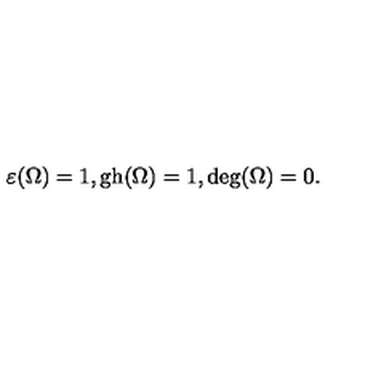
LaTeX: \varepsilon ( \Omega ) = 1 , \mathrm { g h } ( \Omega ) = 1 , \mathrm { d e g } ( \Omega ) = 0 .